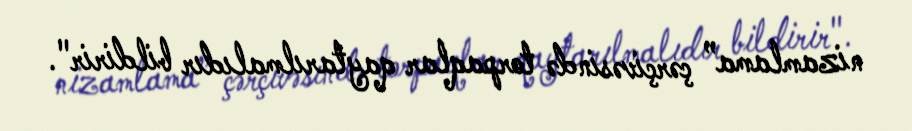
nizamlama” çərçivəsində torpaqlar qaytarılmalıdır bildirir".